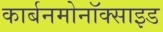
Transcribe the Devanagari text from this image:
कार्बनमोनॉक्साइड